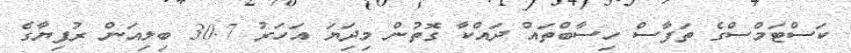
ކަސްޓަމްސްގެ ތަފާސް ހިސާބްތައް ދައްކާ ގޮތުން މިދަިޔަ އަހަރު 30.7 ބިލިއަން ރުފިޔާގެ